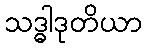
သဒ္ဓါဒုတိယာ